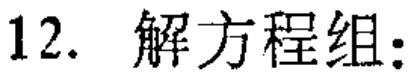
12. 解方程组: